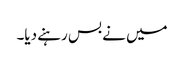
میں نے بس رہنے دیا۔